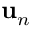
\mathbf { u } _ { n }